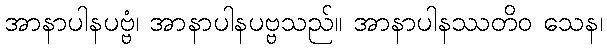
အာနာပါနပဗ္ဗံ၊ အာနာပါနပဗ္ဗသည်။ အာနာပါနဿတိဝ သေန၊